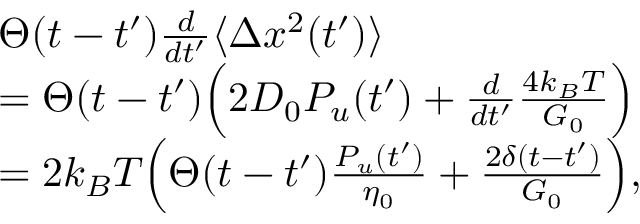
\begin{array} { r l } & { \Theta ( t - t ^ { \prime } ) \frac { d } { d t ^ { \prime } } \langle \Delta x ^ { 2 } ( t ^ { \prime } ) \rangle } \\ & { = \Theta ( t - t ^ { \prime } ) \Big ( 2 D _ { 0 } P _ { u } ( t ^ { \prime } ) + \frac { d } { d t ^ { \prime } } \frac { 4 k _ { B } T } { G _ { 0 } } \Big ) } \\ & { = 2 k _ { B } T \Big ( \Theta ( t - t ^ { \prime } ) \frac { P _ { u } ( t ^ { \prime } ) } { \eta _ { 0 } } + \frac { 2 \delta ( t - t ^ { \prime } ) } { G _ { 0 } } \Big ) , } \end{array}